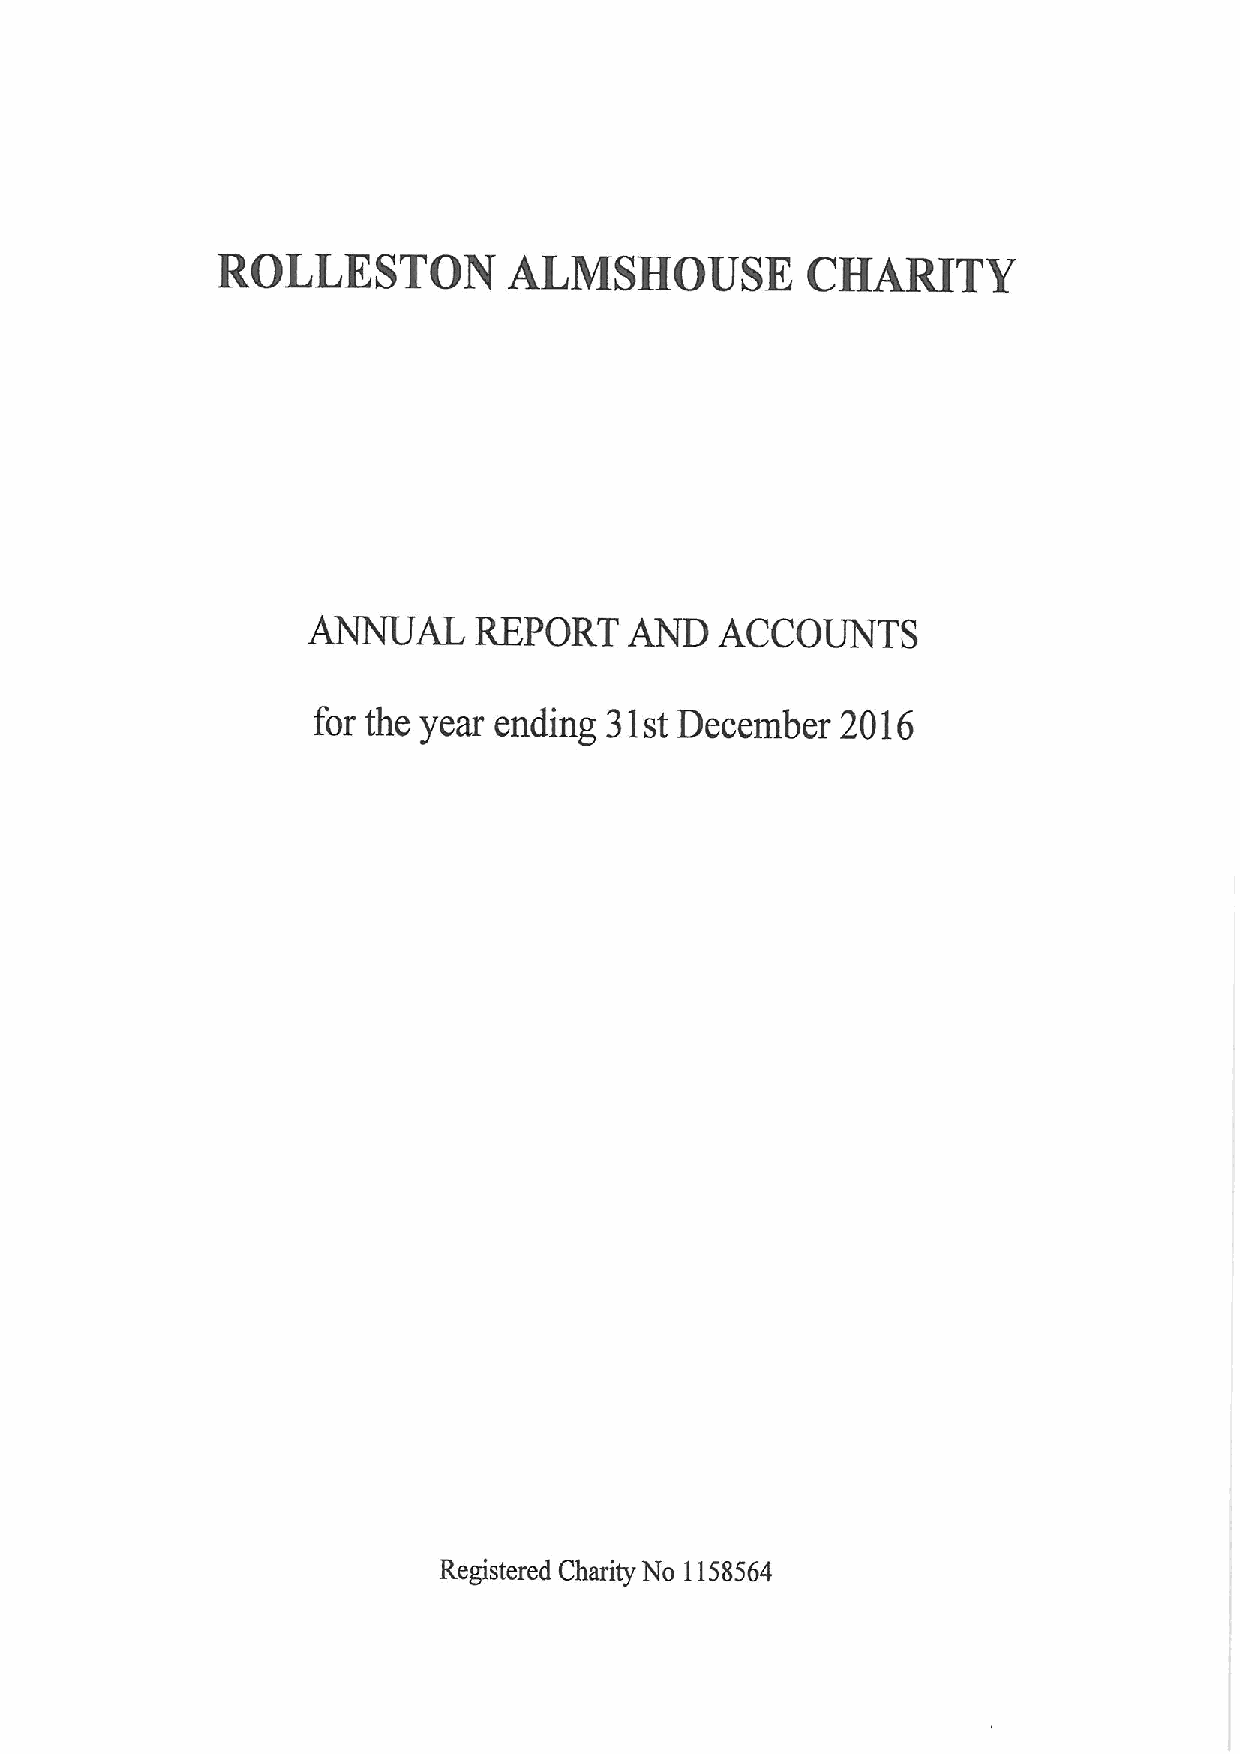
ROLLESTON           ALMSHOUSE          CHARITY
 ANNUAL     REPORT     AND   ACCOUNTS
 for the year ending 31st December  2016
 Registered Charity No 1158564